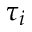
\tau _ { i }